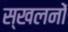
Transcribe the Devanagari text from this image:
स्खलनों